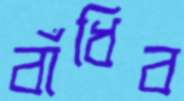
বাঁধিব